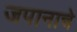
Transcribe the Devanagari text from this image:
जपानाचे